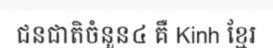
ជនជាតិចំនួន៤ គឺ Kinh ខ្មែរ